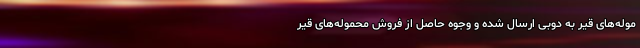
موله‌های قیر به دوبی ارسال شده و وجوه حاصل از فروش محموله‌های قیر